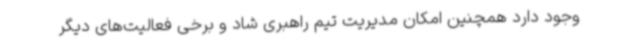
وجود دارد همچنین امکان مدیریت تیم راهبری شاد و برخی فعالیت‌های دیگر